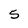
Character: 5